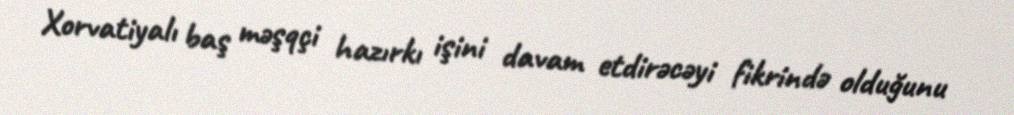
Xorvatiyalı baş məşqçi hazırkı işini davam etdirəcəyi fikrində olduğunu